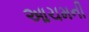
આચમની